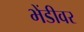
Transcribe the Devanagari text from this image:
भेंडीवर